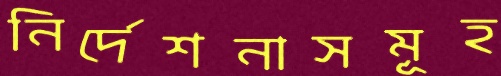
নির্দেশনাসমূহ